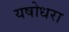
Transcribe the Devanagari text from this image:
यषोधरा